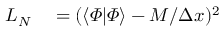
\begin{array} { r l } { L _ { N } } & { { } = ( \langle \varPhi | \varPhi \rangle - M / \Delta x ) ^ { 2 } } \end{array}